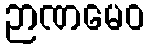
ဉာဏမေဝ